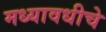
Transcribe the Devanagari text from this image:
मध्यावधीचे